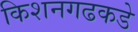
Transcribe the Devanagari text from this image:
किशनगढकडे